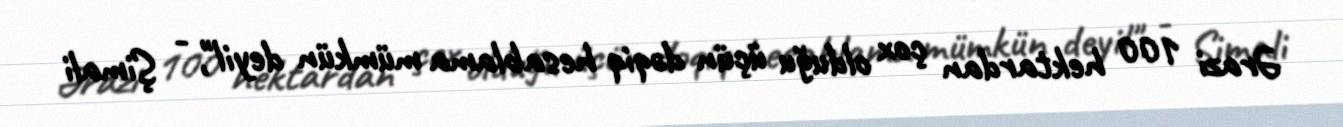
Ərazi 100 hektardan çox olduğu üçün dəqiq hesablama mümkün deyil", - Şimali